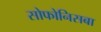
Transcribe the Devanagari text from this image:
सोफोनिसबा